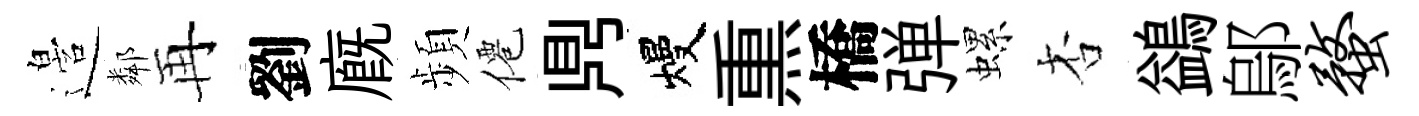
邉鄰再劉廐頻僊𪔂熳𤋱橋弹螺杏鷁鄔蝥